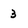
Character: 3